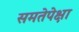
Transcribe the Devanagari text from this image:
समतेपेक्षा